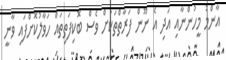
އާންމު މީހުންނާއި އަދި އެ ނޫން ފަރާތްތަކަށް ވެސް ބޮކިފަތިތައް ހަވާލުކޮށްފައި ވާނީ